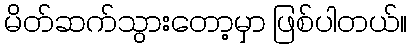
မိတ်ဆက်သွားတော့မှာ ဖြစ်ပါတယ်။